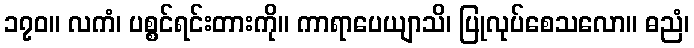
၁၇၀။ လကံ၊ ပစ္စင်ရင်းတားကို။ ကာရာပေယျာသိ၊ ပြုလုပ်စေသလော။ ဓညံ၊